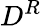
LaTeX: D^{R}